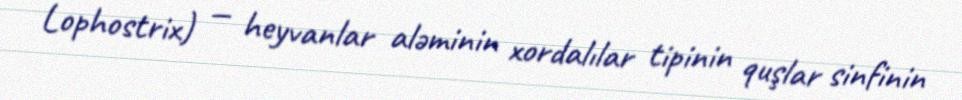
Lophostrix) — heyvanlar aləminin xordalılar tipinin quşlar sinfinin